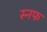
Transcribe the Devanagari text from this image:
स्नफ